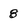
Character: 8